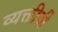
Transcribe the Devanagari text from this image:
व्यक्तीचीं